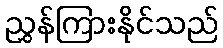
ညွှန်ကြားနိုင်သည်